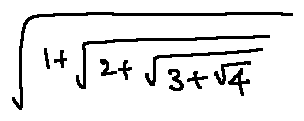
\sqrt { 1 + \sqrt { 2 + \sqrt { 3 + \sqrt { 4 } } } }